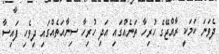
ދެވަނަ ކަމަކީ ރާއްޖޭގެ ހުރިހާ ތަނެއްގައި އަދި ހުރިހާ ސިނާއަތެއްގައި ދިވެހި ފައިސާ